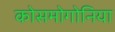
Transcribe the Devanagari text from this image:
कोसमोगोनिया